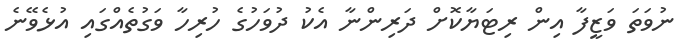
ނުވަތަ ވަޒީފާ އިން ރިޓަޔާކޮށް ދަރިންނާ އެކު ދުވަހުގެ ހުރިހާ ވަގުތެއްގައި އުޅެވޭނެ